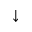
\downarrow